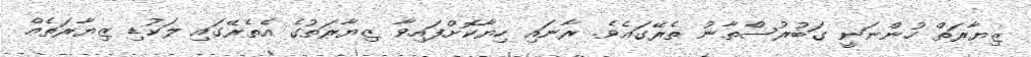
ޒިޔާރަތް ހުންނަނީ ގަބުރުސްތާނު ތެރޭގައެވެ. ރާނައި ހިޔާކޮށްފައިވާ ޒިޔާރަތުގެ އެތެރޭގައި ލަކުޑި ޒިޔާރަތެއް